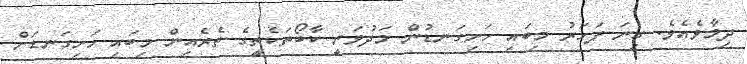
ދިމާވެއެވެ. ގިނަ ފަހަރު މިބައި ހަށިގަނޑުން މަދުވަނީ ކާބޯތަކެތީގެ ތެރެއިން މިބައި ހަށިގަނޑަށް